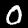
Digit: 0